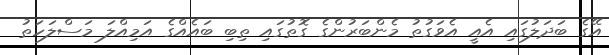
އޭގެ ބަދަލުގައި އެއީ އެވަގުތު މެންބަރުންގެ ގޮތުގައި ތިބި ބައެއްގެ އަމިއްލަ މަސްލަހަތު